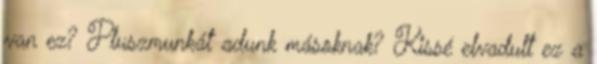
van ez? Pluszmunkát adunk másoknak? Kissé elvadult ez a